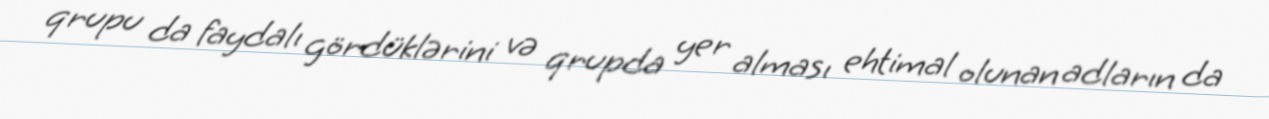
qrupu da faydalı gördüklərini və qrupda yer alması ehtimal olunan adların da